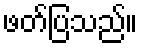
ဖတ်ပြသည်။